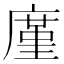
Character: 廑